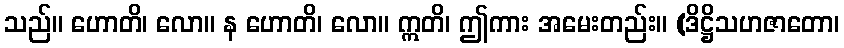
သည်။ ဟောတိ၊ လော။ န ဟောတိ၊ လော။ ဣတိ၊ ဤကား အမေးတည်း။ (ဒိဋ္ဌိသဟဇာတော၊